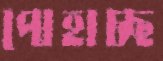
পোহাচ্ছ